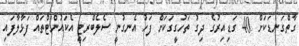
ގާތްގަނޑަކަށް 40 ގަޑިއިރުގެ ދިގު ތަހުގީގަކަށް ފަހު އެނގުނީ ސެލެބްރިޓީ އެކައުންޓްތައް ފަޅާލާފައި